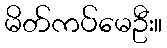
မိတ်ကပ်မေဦး။